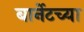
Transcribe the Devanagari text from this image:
बार्नेटच्या